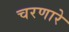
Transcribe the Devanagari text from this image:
चरणारे